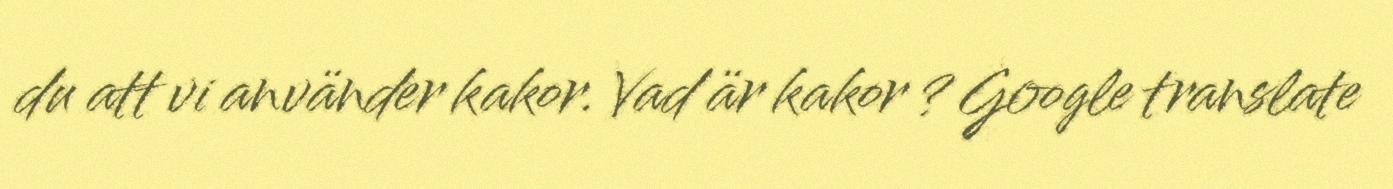
du att vi använder kakor. Vad är kakor ? Google translate